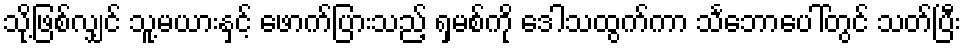
သို့ဖြစ်လျှင် သူ့မယားနှင့် ဖောက်ပြားသည့် ရှမစ်ကို ဒေါသထွက်ကာ သင်္ဘောပေါ်တွင် သတ်ပြီး